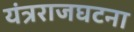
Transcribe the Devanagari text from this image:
यंत्रराजघटना